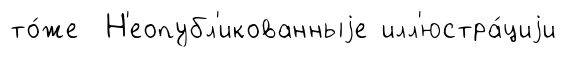
то́же Н'еопубл'икованныjе илл'юстра́циjи